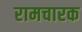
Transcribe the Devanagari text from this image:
रामचारक